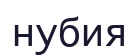
нубия